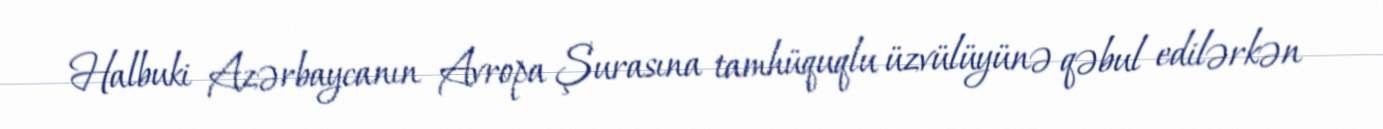
Halbuki Azərbaycanın Avropa Şurasına tamhüquqlu üzvülüyünə qəbul edilərkən